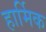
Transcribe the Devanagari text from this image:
हार्मिक